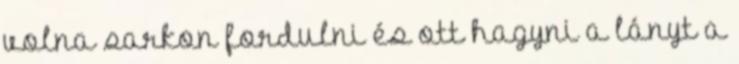
volna sarkon fordulni és ott hagyni a lányt a